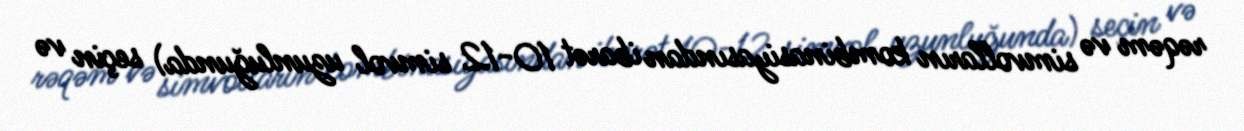
rəqəm və simvolların kombinasiyasından ibarət 10-12 simvol uzunluğunda) seçin və